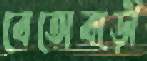
বেতোবাড়ী